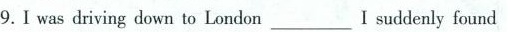
9.I was driving down to London___I suddenly found